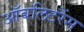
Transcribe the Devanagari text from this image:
ऑबलिटरैंस